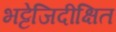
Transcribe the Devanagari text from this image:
भट्टेजिदीक्षित